Civil Veterinary Dept. North-West Frontier Province 1933-46 - 1933-1946
Year: 1933
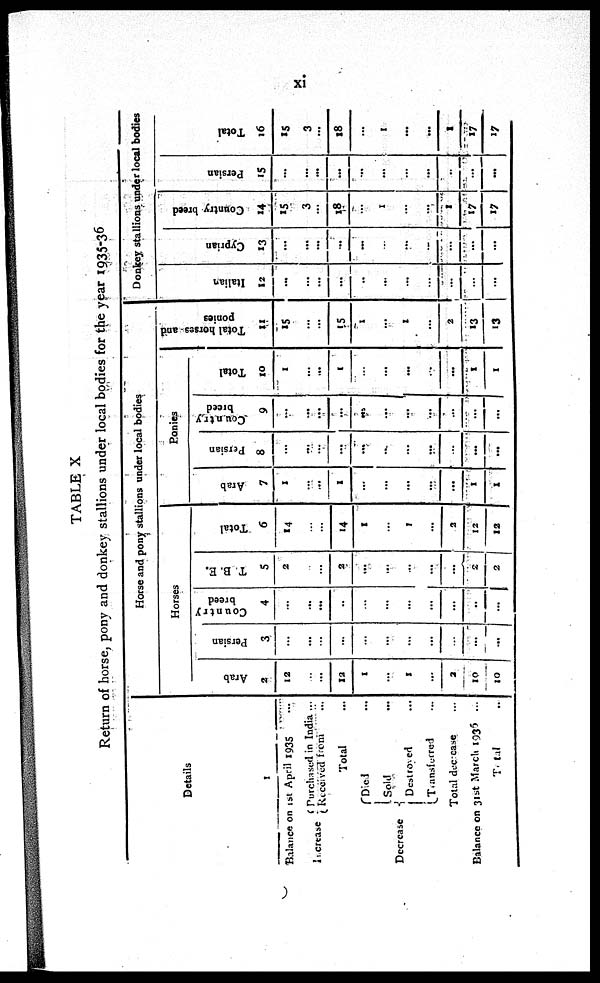
xi
TABLE X
Return of horse, pony and donkey stallions under local bodies for the year 1935-36
1
Details
Balance on 1st April 1935 ...
Increase Received
Purchased in India ...
from ...
Total ...
Decrease
Died ...
Sold ...
Destroyed ...
Transforred ...
Total decrease ...
Balance on 31st March 1935 ...
Total ...
Horse and pony stallions under local bodies
Horses
Arab
2
12
...
...
12
1
...
1
...
2
10
10
Persian
3
...
...
...
...
...
...
...
...
...
...
...
Country
breed
4
...
...
...
...
...
...
...
...
...
..
...
T. B. E.
5
2
...
...
2
...
...
...
...
...
2
2
Total
6
14
...
...
14
1
...
1
...
2
12
12
Ponies
Arab
7
1
...
...
1
...
...
...
...
...
1
1
Persian
8
...
...
...
...
...
...
...
...
...
...
...
breed
9
...
...
...
...
...
...
...
...
...
...
...
Total
10
1
...
...
1
...
...
...
...
...
1
1
Total horses and
ponies
11
15
...
...
15
1
...
...
...
2
13
13
Donkey stallions under local bodies
Italian
12
...
...
...
...
...
...
...
...
...
...
...
Cyprian
13
...
...
...
...
...
...
...
...
...
...
...
Country breed
14
15
3
...
18
...
1
...
...
1
17
17
Persian
15
...
...
...
...
...
...
...
...
...
...
...
Total
16
15
3
...
18
...
1
...
...
1
17
17